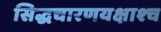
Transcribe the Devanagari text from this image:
सिद्धचारणयक्षाश्च